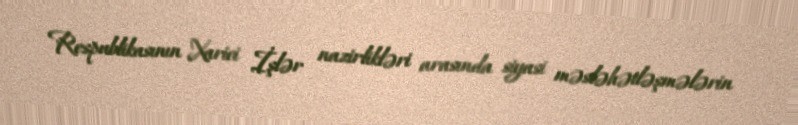
Respublikasının Xarici İşlər nazirlikləri arasında siyasi məsləhətləşmələrin